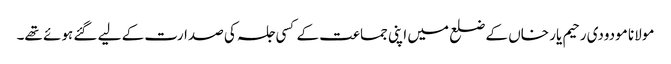
مولانا مودودی رحیم یار خاں کے ضلع میں اپنی جماعت کے کسی جلسہ کی صدارت کے لیے گئے ہوئے تھے۔